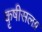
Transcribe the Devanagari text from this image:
कृषीसलग्न